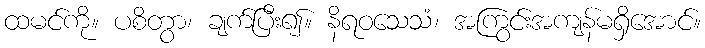
ထမင်ကို။ ပစိတွာ၊ ချက်ပြီး၍။ နိရဝသေသံ၊ အကြွင်းအကျန်မရှိအောင်။